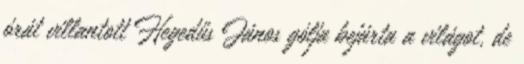
órát villantott Hegedűs János gólja bejárta a világot, de